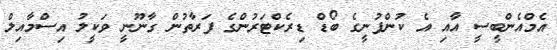
އެމްއެންބީސީ އާއި އެ ކުންފުނީގެ ބޯޑް ޑިރެކްޓަރުންގެ ފަރާތުން ގާނޫނީ ވަކީލު އިސްމާއިލް